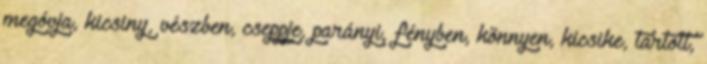
megóvja, kicsiny, vészben, cseppje, parányi, fényben, könnyen, kicsike, tartott,